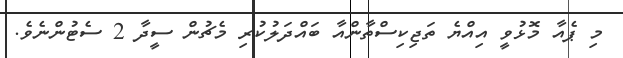
މި ޕެއާ މޮޅުވީ އިއްޔެ ތަޖިކިސްތާންއާ ބައްދަލުކުރި މެޗުން ސީދާ 2 ސެޓުންނެވެ.